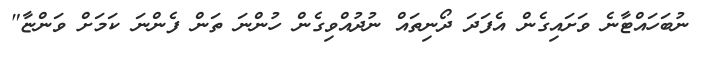
ނުބަހައްޓާނެ ވަށައިގެން އެފަދަ ދޯނިތައް ނުދުއްވިގެން ހުންނަ ތަން ފެންނަ ކަމަށް ވަންޏާ"